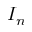
I _ { n }